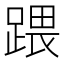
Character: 𨃄